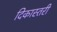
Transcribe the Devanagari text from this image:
दिकास्तरी